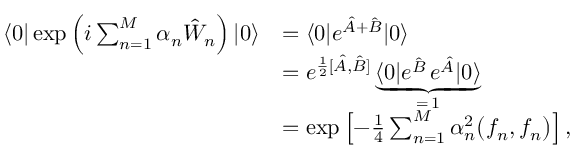
\begin{array} { r l } { \langle 0 | \exp \left( i \sum _ { n = 1 } ^ { M } \alpha _ { n } \hat { W } _ { n } \right) | 0 \rangle } & { = \langle 0 | e ^ { \hat { A } + \hat { B } } | 0 \rangle } \\ & { = e ^ { \frac { 1 } { 2 } [ \hat { A } , \hat { B } ] } \underbrace { \langle 0 | e ^ { \hat { B } } \, e ^ { \hat { A } } | 0 \rangle } _ { = \, 1 } } \\ & { = \exp \left[ - \frac { 1 } { 4 } \sum _ { n = 1 } ^ { M } \alpha _ { n } ^ { 2 } \bigl ( f _ { n } , f _ { n } \bigr ) \right] , } \end{array}